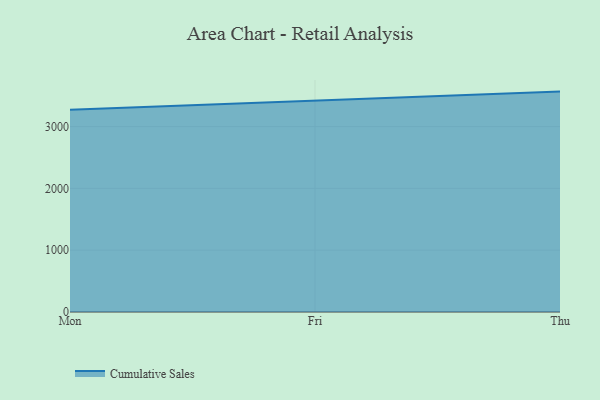
{"axis": {"x": "Day", "y": "Gross Profit (USD K)"}, "legend": ["Cumulative Sales"], "data": [{"x": "Mon", "y": 3272.1, "type": "Cumulative Sales"}, {"x": "Fri", "y": 3420.0, "type": "Cumulative Sales"}, {"x": "Thu", "y": 3565.5, "type": "Cumulative Sales"}]}